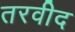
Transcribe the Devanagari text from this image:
तरवीद